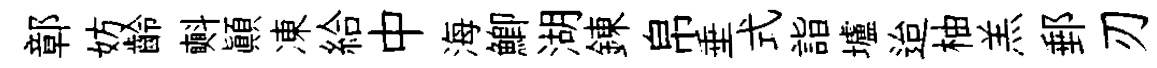
鄣妨齡㪺顚凍給中海鯽湖錬帛垂式詣壚迨柚羔郵刃